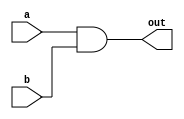
`timescale 1ns / 1ps
//////////////////////////////////////////////////////////////////////////////////
// Company: 			 
// 
// Design Name:     And Gate
// Module Name:     and_gate 
// Project Name:    Verilog Examples
// Target Devices:  XC6SLX45 (CSG324)
// Tool versions:   Xilinx ISE 14.7 Windows
// Description:     AND Gate which input connected to SW0 and SW1
//				    and output connected to LD0
//
// Dependencies: 
//
// Revision:
// Revision 0.01 - File Created
// Revision 1.00 - Project completed
// Additional Comments: 
//
//////////////////////////////////////////////////////////////////////////////////

module and_gate(
    input a,
    input b,
    output out
    );

// Assign a and b to out
assign out = a & b;

endmodule